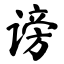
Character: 谤